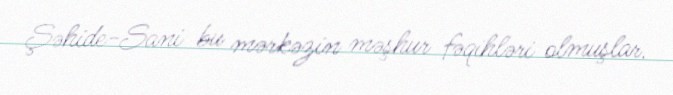
Şəhide-Sani bu mərkəzin məşhur fəqihləri olmuşlar.